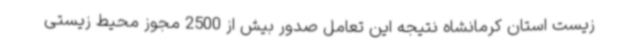
زیست استان کرمانشاه نتیجه این تعامل صدور بیش از 2500 مجوز محیط زیستی